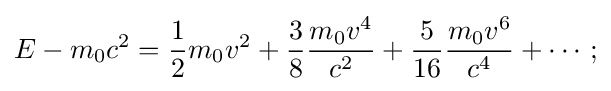
E-m_{0}c^{2}={\frac {1}{2}}m_{0}v^{2}+{\frac {3}{8}}{\frac {m_{0}v^{4}}{c^{2}}}+{\frac {5}{16}}{\frac {m_{0}v^{6}}{c^{4}}}+\cdots ;